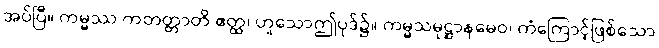
အပ်ပြီ။ ကမ္မဿ ကတတ္တာတိ ဧတ္ထ၊ ဟူသောဤပုဒ်၌။ ကမ္မသမုဋ္ဌာနမေဝ၊ ကံကြောင့်ဖြစ်သော